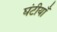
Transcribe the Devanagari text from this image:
घंटीयाँ